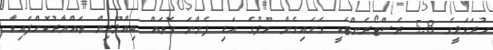
ހުރަވަޅީގެ 5.8 ރެސްޓޯރެންޓަކީ ވަށައިގެން މޫދުގެ އަޑި ފެންނަ ގޮތައް ބިއްލޫރިން ތައްޔާރުކޮށްފައިވާ